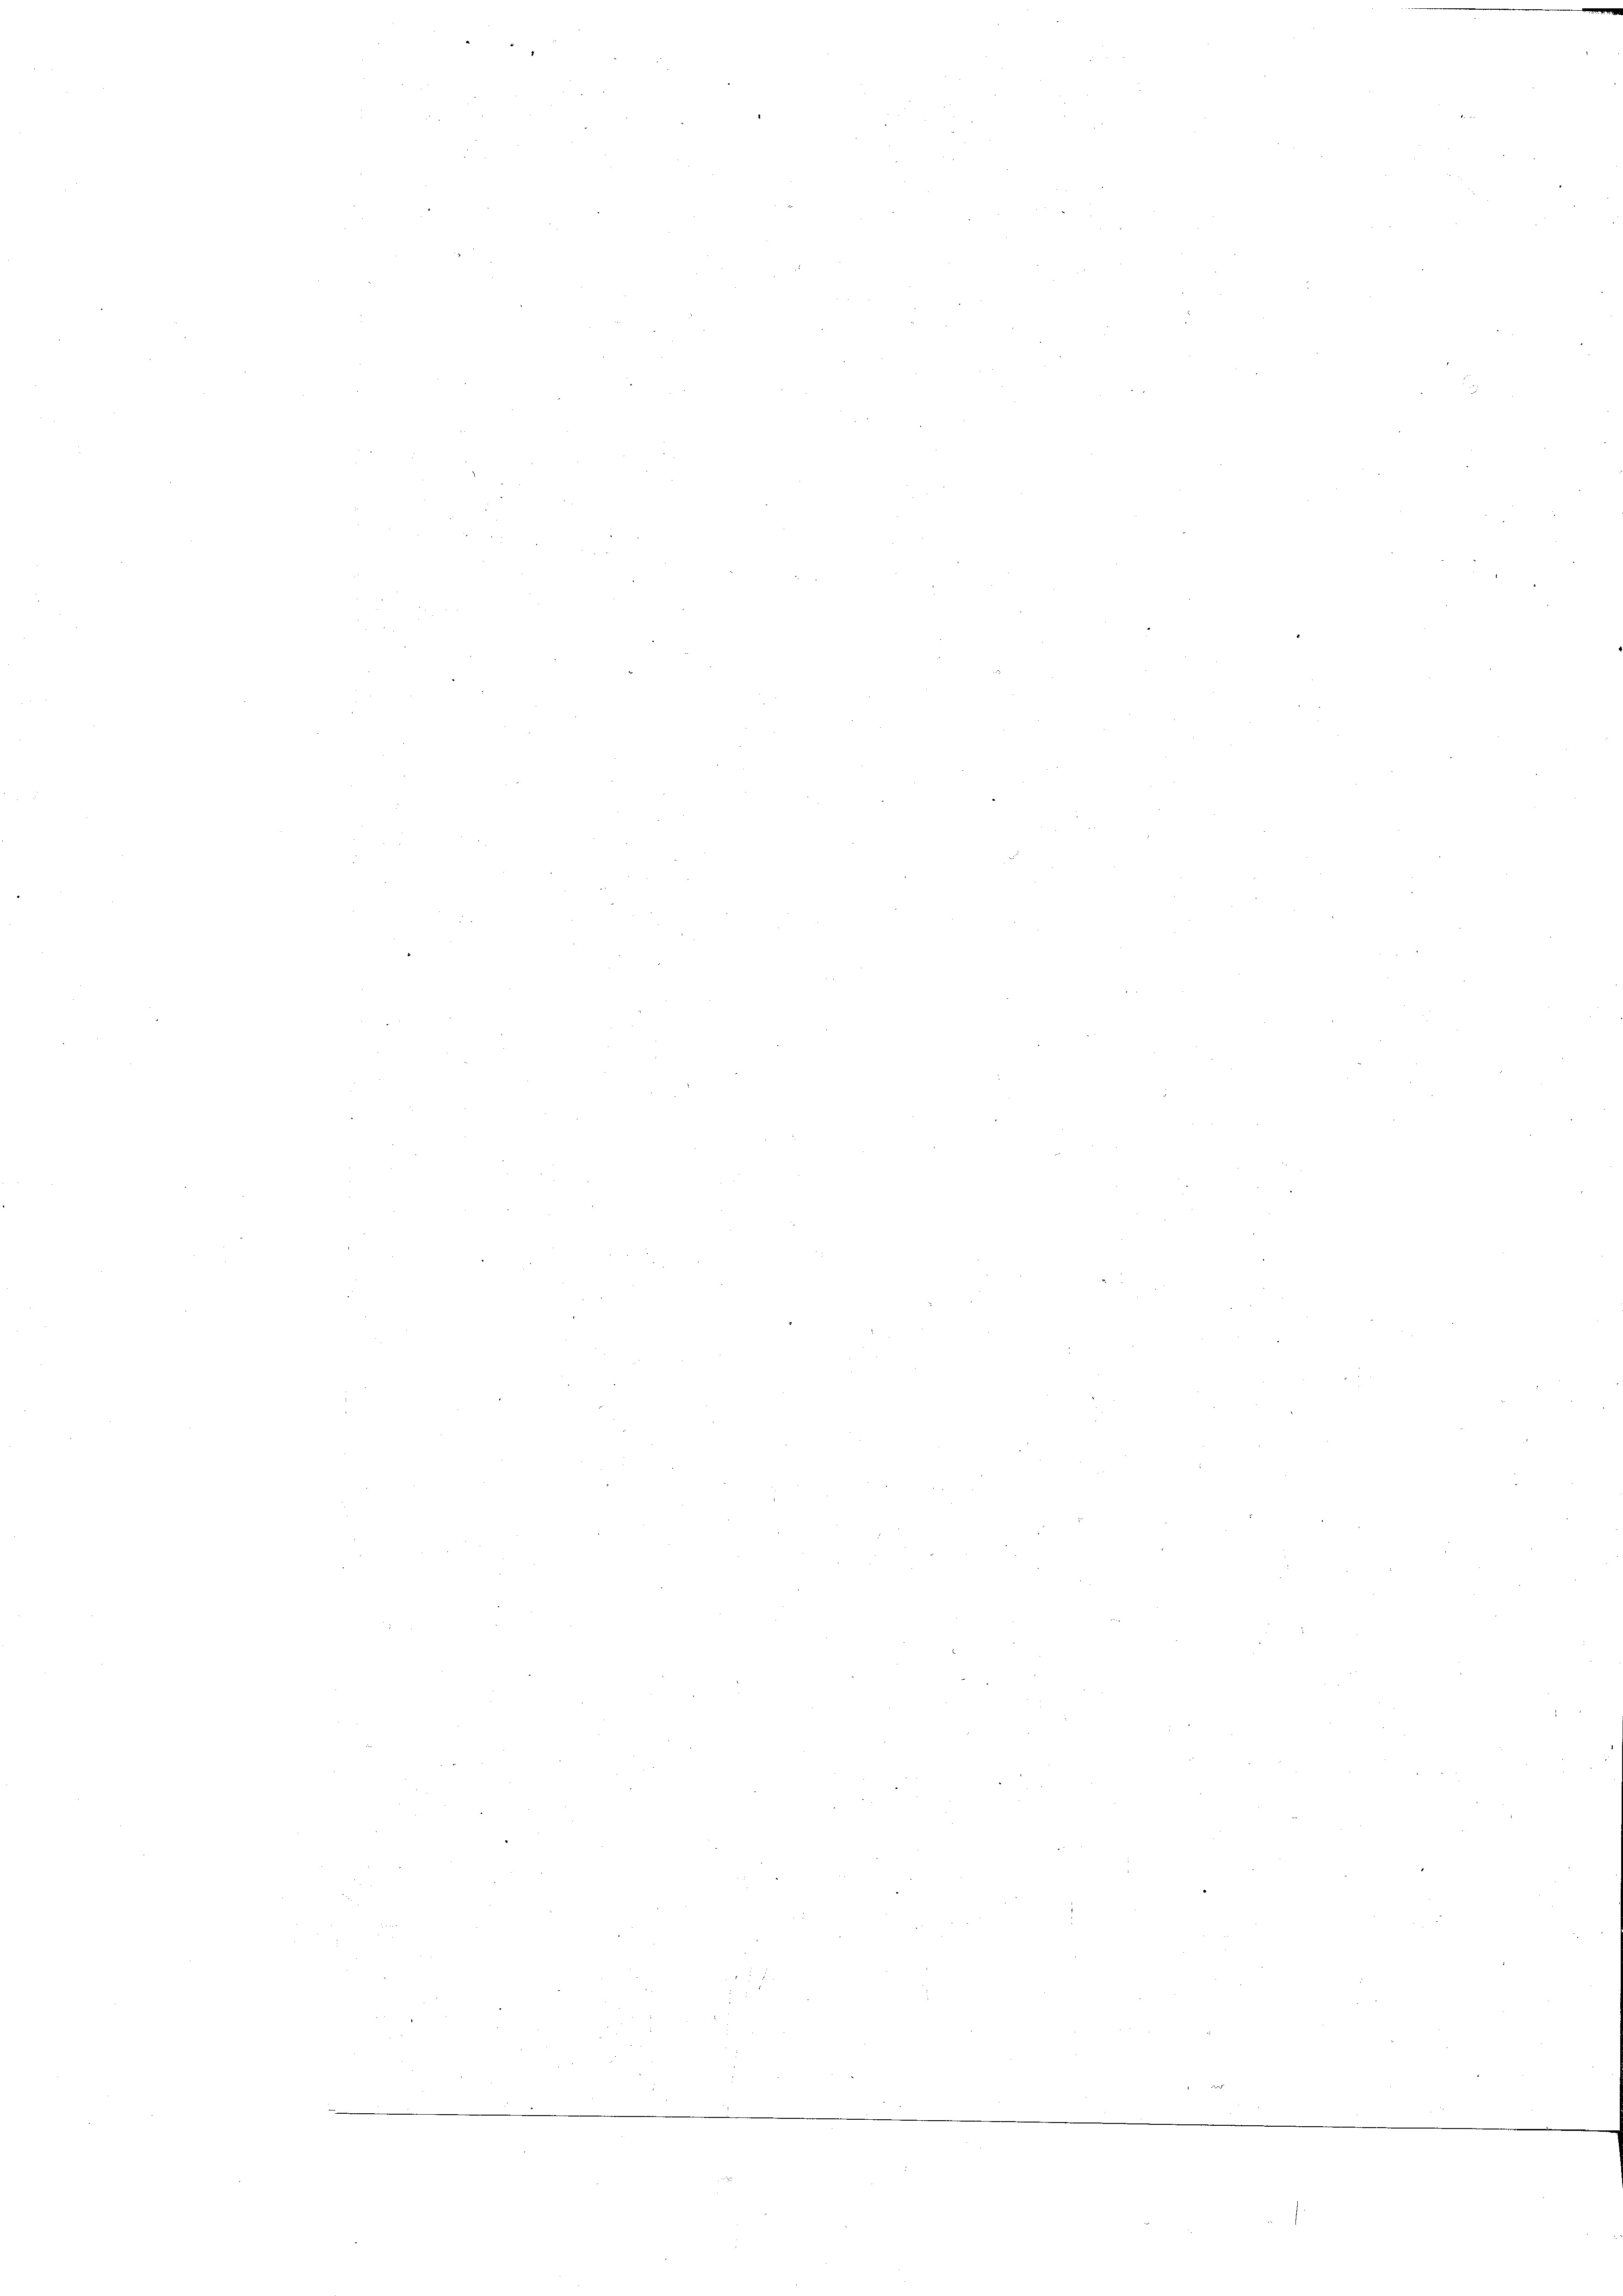
d

n

e

xx
n
a
e
e
e
.
e
e
e
e
¬
n
2
n
5

f 5 x

e
e
e

¬
.

n

a

2 x
.

M 1822

n

d
................